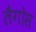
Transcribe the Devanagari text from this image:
लैगोस